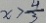
x > \frac { 4 } { 3 }